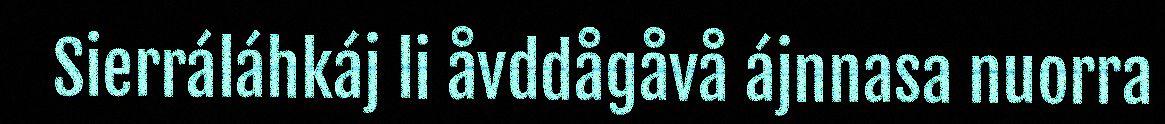
Sierráláhkáj li åvddågåvå ájnnasa nuorra